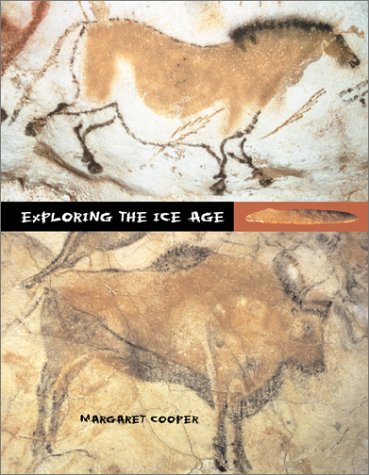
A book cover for Exploring the Ice Age; Margaret Cooper; Children's Books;